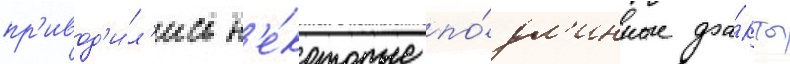
пр'ивод'и́л'ись н'е́которые по́дл'инные фа́кты